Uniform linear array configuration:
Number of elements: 12
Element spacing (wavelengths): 0.75
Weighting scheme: blackman
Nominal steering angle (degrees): -60
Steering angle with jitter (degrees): -60.01
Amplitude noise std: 0.05
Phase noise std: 0.05

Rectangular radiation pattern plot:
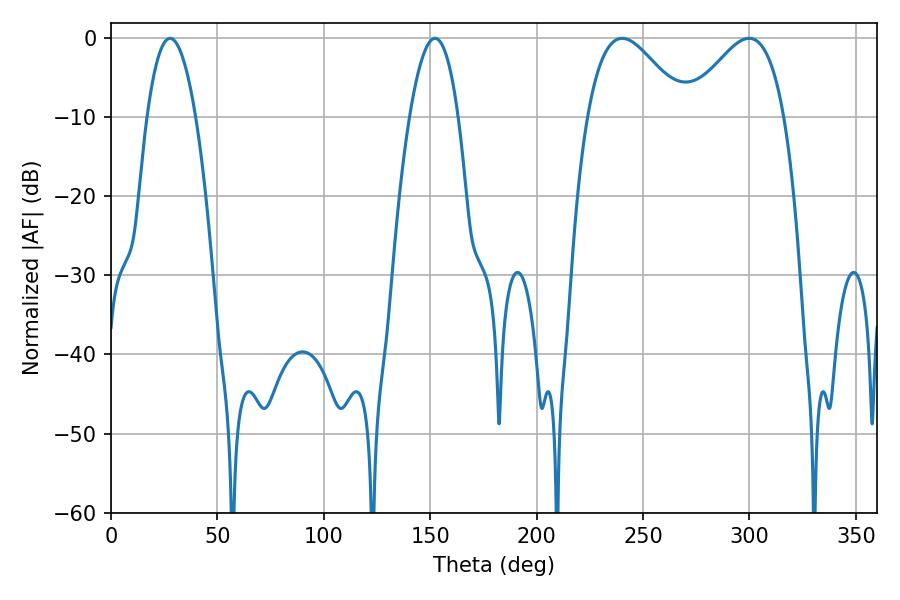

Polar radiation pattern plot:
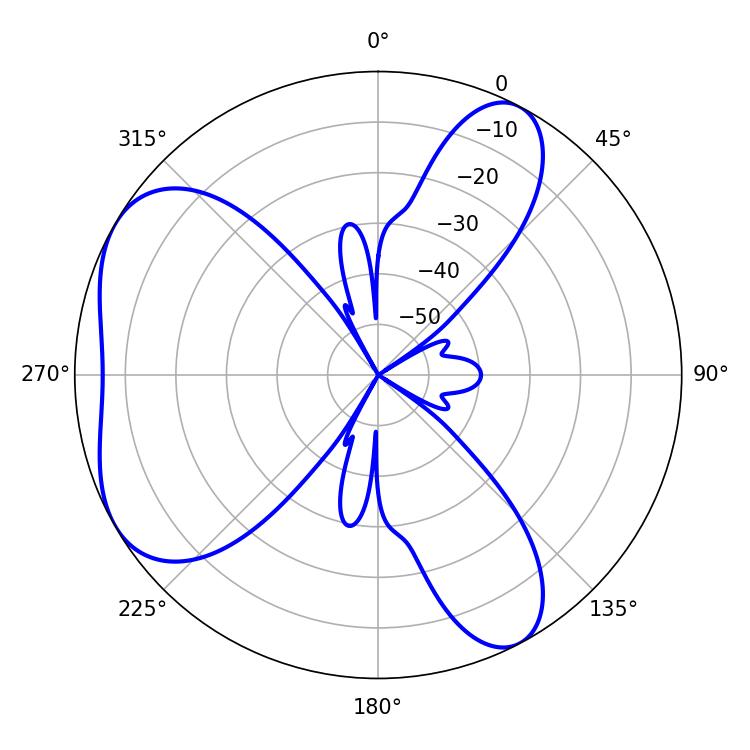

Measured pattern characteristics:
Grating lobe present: TRUE
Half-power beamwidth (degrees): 24.48
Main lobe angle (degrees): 240.12